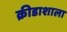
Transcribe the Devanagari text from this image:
क्रीडाशाला